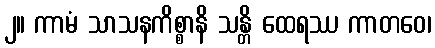
၂။ ကာမံ သာသနကိစ္စာနိ သန္တိ ထေရဿ ကာတဝေ၊